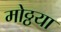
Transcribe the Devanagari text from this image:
मोठ्ठया